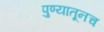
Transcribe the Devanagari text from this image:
पुण्यातूनच